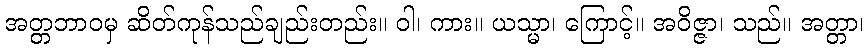
အတ္တဘာဝမှ ဆိတ်ကုန်သည်ချည်းတည်း။ ဝါ၊ ကား။ ယသ္မာ၊ ကြောင့်။ အဝိဇ္ဇာ၊ သည်။ အတ္တာ၊